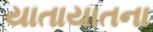
યાતાયાતના